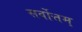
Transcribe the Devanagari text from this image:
सर्वोत्तम्